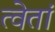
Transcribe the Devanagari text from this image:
त्वेतां